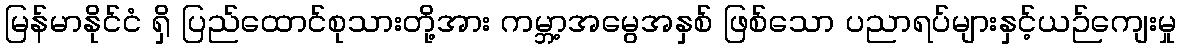
မြန်မာနိုင်ငံ ရှိ ပြည်ထောင်စုသားတို့အား ကမ္ဘာ့အမွေအနှစ် ဖြစ်သော ပညာရပ်များနှင့်ယဉ်ကျေးမှု